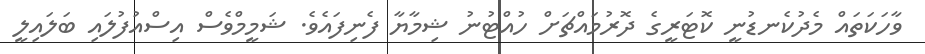
ވާހަކަތައް މެދުކެނޑުނީ ކޮޓަރީގެ ދޮރުމައްޗަށް ހުއްޓުނު ޝިމާޔާ ފެނިފައެވެ. ޝަމީމްވެސް އިސްއުފުލައި ބަލައިލީ